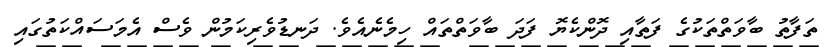
ތަފާތު ބާވަތްތަކުގެ ފަތާއި ދޮންކެޔޮ ފަދަ ބާވަތްތައް ހިމެނެއެވެ. ދަނޑުވެރިކަމުން ވެސް އެމަސައްކަތުގައި